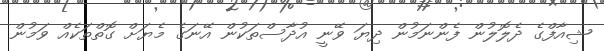
ޝިއާފްގެ ދެލޮލުން ފެންނަމުން ދިޔަ ވޭނީ އުދާސްތަކުން އޭނަގެ މެޔަށް ގޮތްތަކެއް ވަމުން